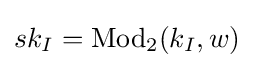
sk_{I}=\operatorname {Mod} _{2}(k_{I},w)